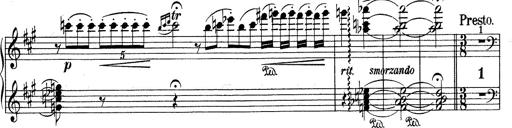
Title: Mephisto Waltz No.1
Composer: Franz Liszt